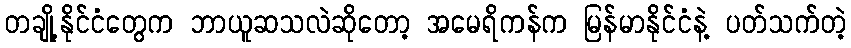
တချို့နိုင်ငံတွေက ဘာယူဆသလဲဆိုတော့ အမေရိကန်က မြန်မာနိုင်ငံနဲ့ ပတ်သက်တဲ့